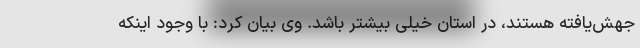
جهش‌یافته هستند، در استان خیلی بیشتر باشد. وی بیان کرد: با وجود اینکه